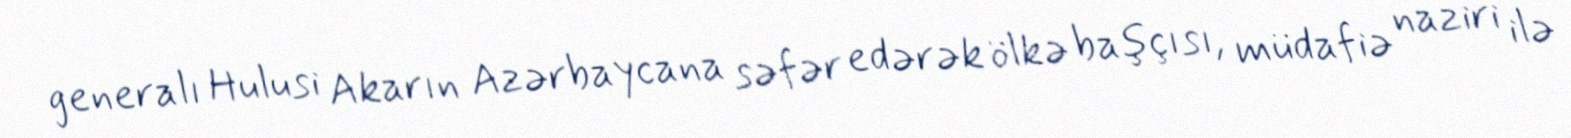
generalı Hulusi Akarın Azərbaycana səfər edərək ölkə başçısı, müdafiə naziri ilə